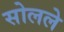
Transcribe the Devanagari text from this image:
सोलले